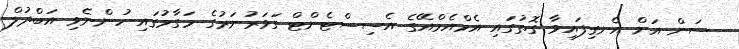
ސަން އަށް އެނގިފައިވާ ގޮތުގައި އެމްއެމްއޭގެ އެސިސްޓެންޓް ގަވަރުނަރުގެ މަގާމުގައި ހުންނެވި އަބްދުލް